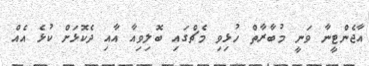
އާޖެންޓީނާ ވަނީ މުބާރާތް ހުޅިވި މެޗްގައި ބޮލިވިއާ އާއި ދެކޮޅަށް ކުޅެ އެއް